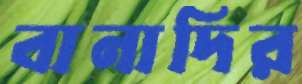
বানাদির